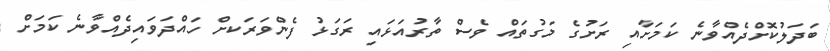
ބަދަލުކޮށްދެއްވާނެ ކަމަށާއި ރަށުގެ މަގުތައް ވެސް ތާރުއަޅައި ރަގަޅު ފެންވަރަަކށް ހައްދަވައިދެއްވާނެ ކަމަށް